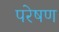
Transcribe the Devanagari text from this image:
परेषण